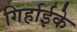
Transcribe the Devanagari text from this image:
गिर्हाईके